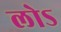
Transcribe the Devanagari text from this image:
लोऽ